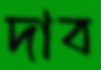
দাব